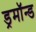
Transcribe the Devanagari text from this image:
ड्रमॉन्ड